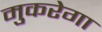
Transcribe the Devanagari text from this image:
मुकरेगा